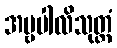
အမ္ဗပါလိသုတ္တံ